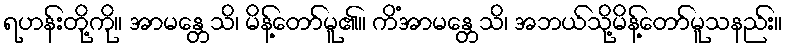
ရဟန်းတို့ကို။ အာမန္တေသိ၊ မိန့်တော်မူ၏။ ကိံအာမန္တေသိ၊ အဘယ်သို့မိန့်တော်မူသနည်း။